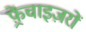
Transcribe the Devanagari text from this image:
फ़्रेंचाइज़रों